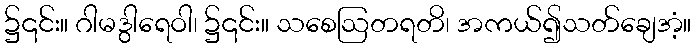
၌၎င်း။ ဂါမဒွါရေဝါ၊ ၌၎င်း။ သစေဩတရတိ၊ အကယ်၍သတ်ချေအံ့။